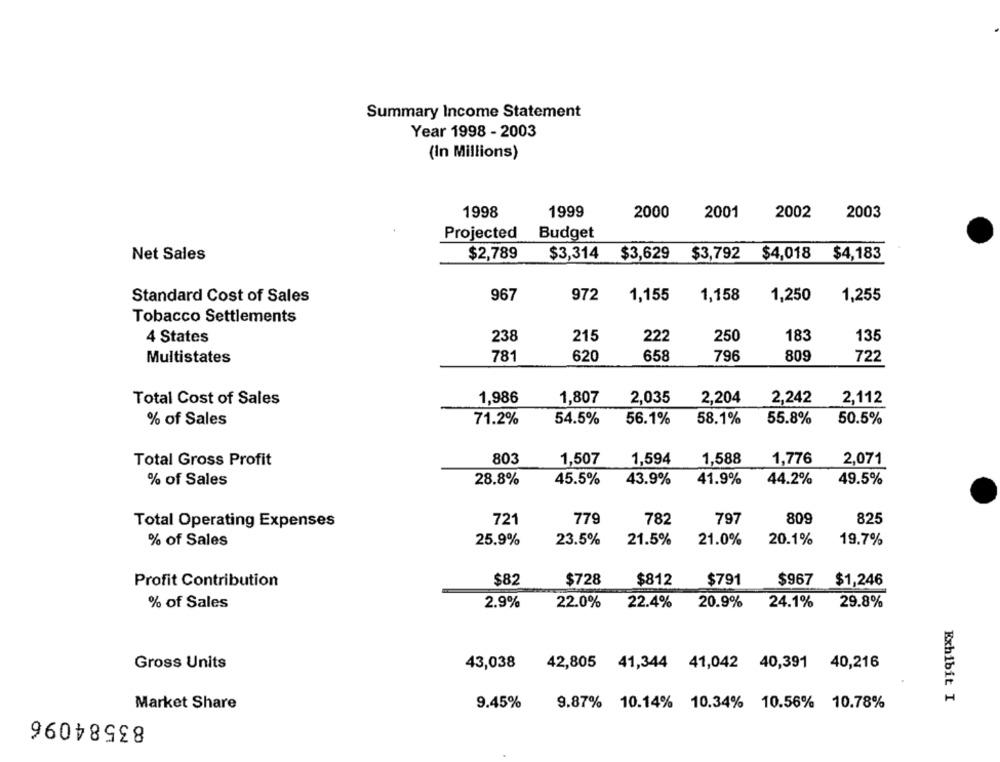
Summary Income Statement
Year 1998 - 2003
(In Millions)
1998
1999
2000
2001
2002
2003
Projected
Budget
Net Sales
$2,789
$3,314
$3,629 $3,792
$4,018
$4,183
967
972
1,155
1,158
1,250
1,255
Standard Cost of Sales
Tobacco Settlements
4 States
238
215
222
250
183
135
Multistates
781
620
658
796
809
722
Total Cost of Sales
1,986
1,807
2,035
2,204
2,242
2,112
71.2%
54.5%
56.1%
58.1%
55.8%
50.5%
% of Sales
Total Gross Profit
803
1,507
1,594
1,588
1,776
2,071
28.8%
45.5%
43.9%
41.9%
44.2%
49.5%
% of Sales
Total Operating Expenses
721
779
782
797
809
825
% of Sales
25.9%
23.5%
21.5%
21.0%
20.1%
19.7%
Profit Contribution
$82
$728
$812
$791
$967 $1,246
29.8%
% of Sales
2.9%
22.0%
22.4%
20.9%
24.1%
43,038
Gross Units
42,805 41,344 41,042 40,391 40,216
Exhibit I
Market Share
9.45%
9.87% 10.14% 10.34% 10.56% 10.78%
83584096